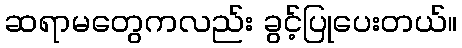
ဆရာမတွေကလည်း ခွင့်ပြုပေးတယ်။